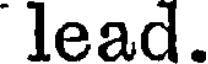
lead.